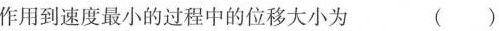
作用到速度最小的过程中的位移大小为 （）